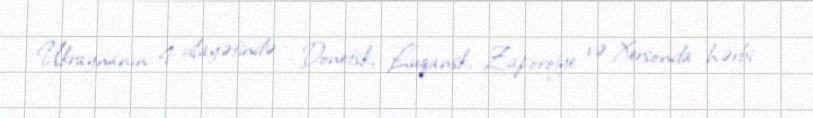
Ukraynanın 4 vilayətində - Donetsk, Luqansk, Zaporojye və Xersonda hərbi